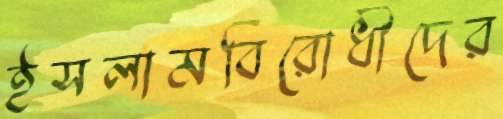
ইসলামবিরোধীদের